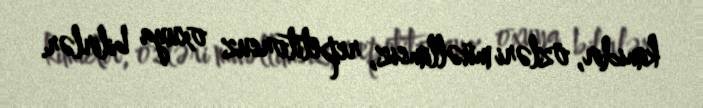
kimidir, özləri müəllimsiz, repetitorsuz oxuya bilirlər.